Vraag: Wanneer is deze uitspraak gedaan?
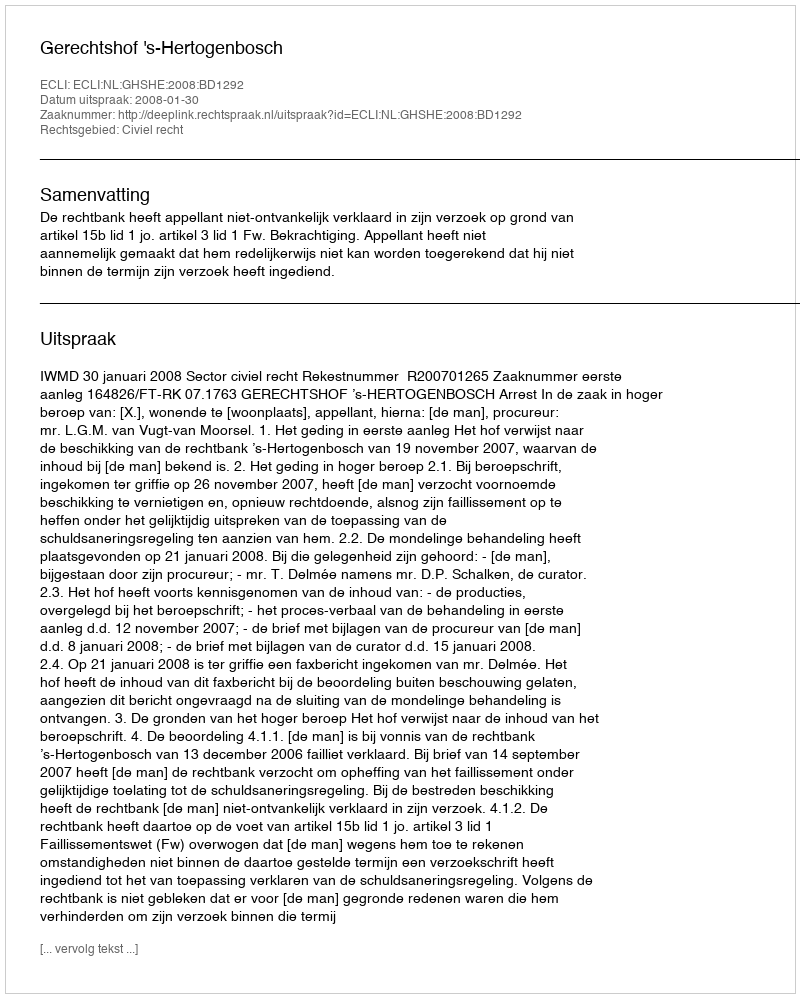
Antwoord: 2008-01-30